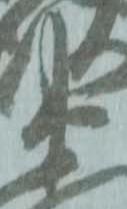
衛